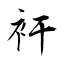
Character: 衦